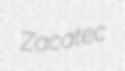
Zacatec